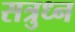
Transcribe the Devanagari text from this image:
सत्रुध्न